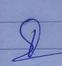
Signature authenticity: genuine